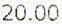
20.00